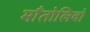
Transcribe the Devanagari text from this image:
माँतोलिवो